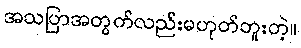
အသပြာအတွက်လည်းမဟုတ်ဘူးတဲ့။